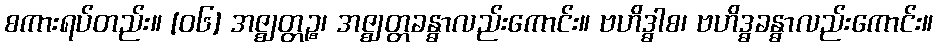
စကားရပ်တည်း။ [၀၆] အဇ္ဈတ္တဉ္စ၊ အဇ္ဈတ္တခန္ဓာလည်းကောင်း။ ဗဟိဒ္ဓါစ၊ ဗဟိဒ္ဓခန္ဓာလည်းကောင်း။